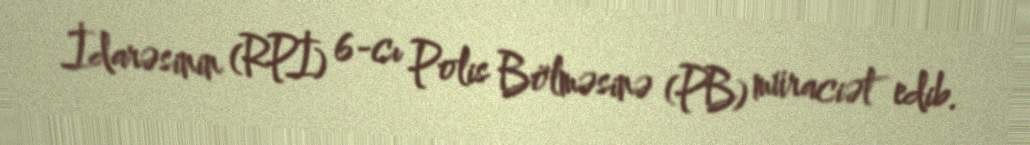
İdarəsinin (RPİ) 6-cı Polis Bölməsinə (PB) müraciət edib.